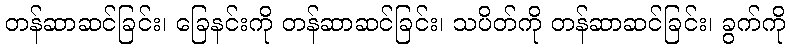
တန်ဆာဆင်ခြင်း၊ ခြေနင်းကို တန်ဆာဆင်ခြင်း၊ သပိတ်ကို တန်ဆာဆင်ခြင်း၊ ခွက်ကို